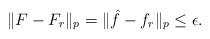
LaTeX: \begin{align*}\|F-F_r\|_{p}=\|\hat{f}-f_r\|_p\le \epsilon.\end{align*}